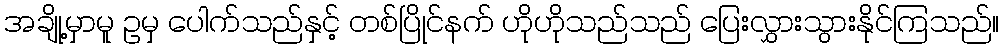
အချို့မှာမူ ဥမှ ပေါက်သည်နှင့် တစ်ပြိုင်နက် ဟိုဟိုသည်သည် ပြေးလွှားသွားနိုင်ကြသည်။